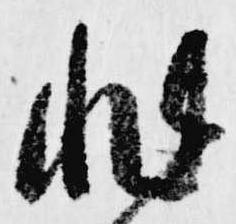
非